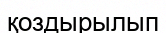
қоздырылып